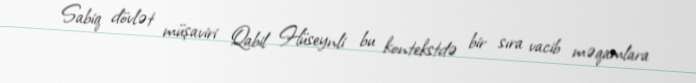
Sabiq dövlət müşaviri Qabil Hüseynli bu kontekstdə bir sıra vacib məqamlara